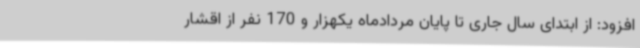
افزود: از ابتدای سال جاری تا پایان مردادماه یکهزار و 170 نفر از اقشار